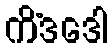
ကိံဒဒေါ